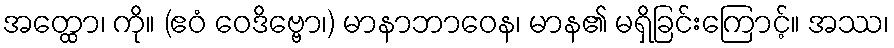
အတ္ထော၊ ကို။ (ဧဝံ ဝေဒိဗ္ဗော၊) မာနာဘာဝေန၊ မာန၏ မရှိခြင်းကြောင့်။ အဿ၊